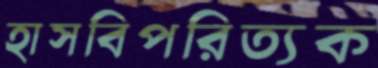
হাসবিপরিত্যক